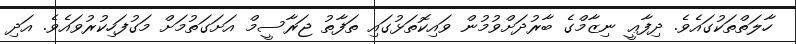
ހާލަތްތަކުގައެވެ. ދިފާޢީ ނިޒާމްގެ ބާރުދަށްވުމުން ވައިކޮތަޅުގައި ތަފާތު ޖަރާސީމް އަށަގަތުމަށް މަގުފަހިކުރުވައެވެ. އަދި